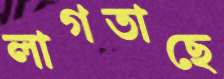
লাগতাছে